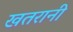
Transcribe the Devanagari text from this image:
खतरानी